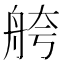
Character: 舿